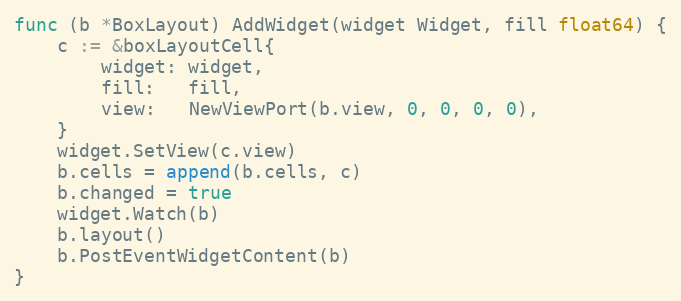
Language: Go
func (b *BoxLayout) AddWidget(widget Widget, fill float64) {
	c := &boxLayoutCell{
		widget: widget,
		fill:   fill,
		view:   NewViewPort(b.view, 0, 0, 0, 0),
	}
	widget.SetView(c.view)
	b.cells = append(b.cells, c)
	b.changed = true
	widget.Watch(b)
	b.layout()
	b.PostEventWidgetContent(b)
}